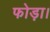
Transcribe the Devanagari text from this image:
फोड़ा।